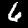
Label: 6